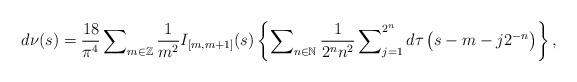
LaTeX: \begin{align*}d\nu(s)=\frac{18}{\pi^{4}}\sum\nolimits _{m\in\mathbb{Z}}\frac{1}{m^{2}}I_{[m,m+1]}(s)\left\{ \sum\nolimits _{n\in\mathbb{N}}\frac{1}{2^{n}n^{2}}\sum\nolimits _{j=1}^{2^{n}}d\tau\left(s-m-j2^{-n}\right)\right\},\end{align*}